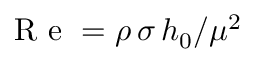
\textrm { R e } = \rho \, \sigma \, h _ { 0 } / \mu ^ { 2 }